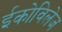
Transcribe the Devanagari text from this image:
ईकोविलेज